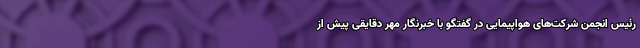
رئیس انجمن شرکت‌های هواپیمایی در گفتگو با خبرنگار مهر دقایقی پیش از